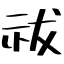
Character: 祓